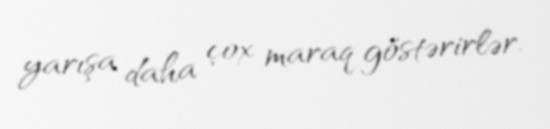
yarışa daha çox maraq göstərirlər.